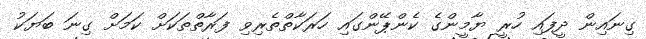
ގިނައިން ދީފައި ހުރީ ޔާމީންގެ ކެންޕޭންގައި ހަރަކާތްތެރިވި ފަރާތްތަކަށް ކަމަށް ގިނަ ބަޔަކު